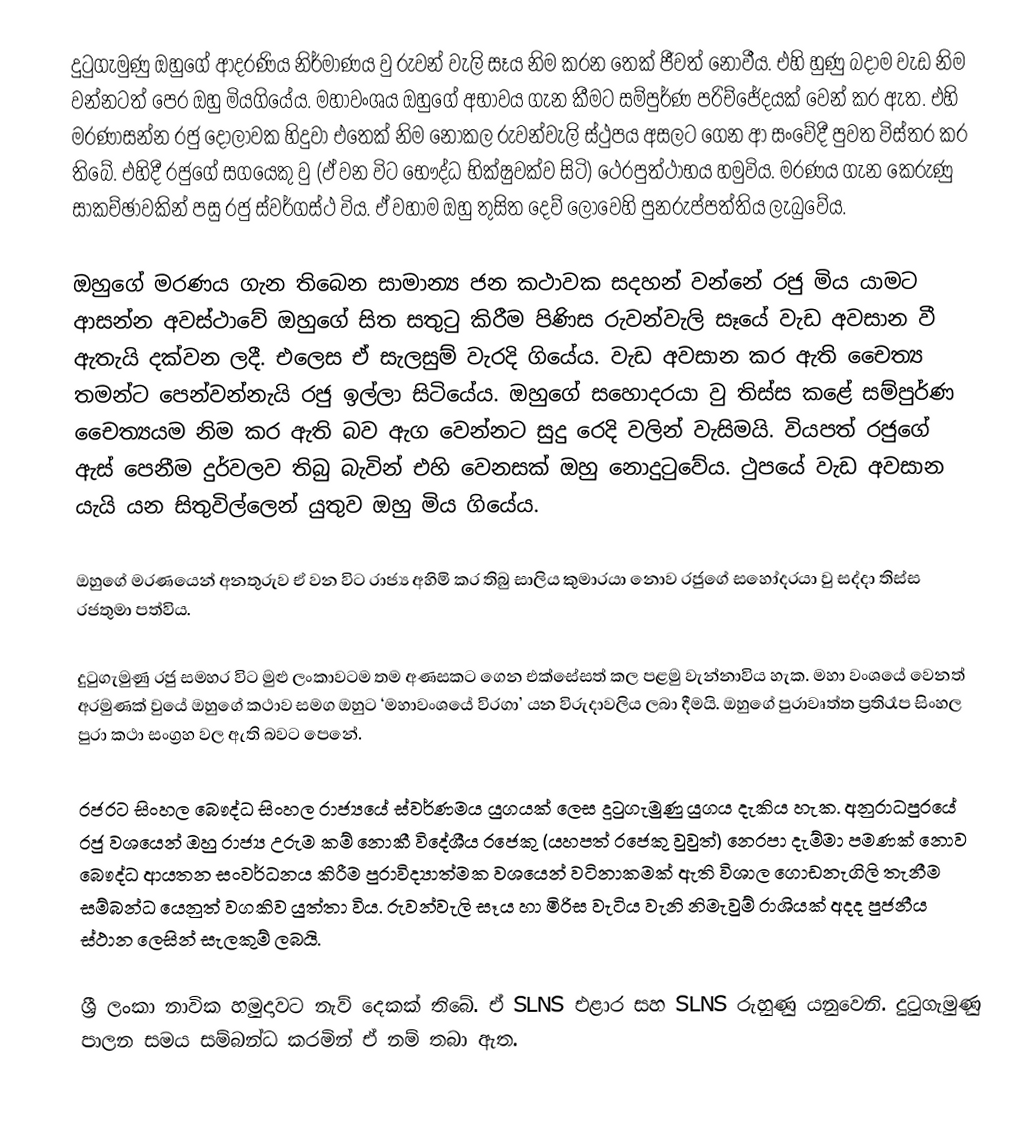
දුටුගැමුණු ඔහුගේ ආදරණිය නිර්මාණය වු රුවන් වැලි සෑය නිම කරන තෙක් ජීවත් නොවීය. එහි හුණු බදාම වැඩ නිම වන්නටත් පෙර ඔහු මියගියේය. මහාවංශය ඔහුගේ අභාවය ගැන කීමට සම්පුර්ණ පරිච්ජේදයක් වෙන් කර ඇත. එහි මරණාසන්න රජු දෝල‍ාවක හිදුවා එතෙක් නිම නොකල රුවන්වැලි ස්ථුපය අසලට ගෙන ආ සංවේදී පුවත විස්තර කර තිබේ. එහිදී රජුගේ සගයෙකු වු (ඒ වන විට භෞද්ධ භික්ෂුවක්ව සිටි) ථෙරපුත්ථාභය හමුවිය. මරණය ගැන කෙරුණු සාකච්ඡාවකින් පසු රජු ස්වර්ගස්ථ විය. ඒ වහාම ඔහු තුසිත දෙව් ලොවෙහි පුනරුප්පත්තිය ලැබුවේය.

ඔහුගේ මරණය ගැන තිබෙන සාමාන්‍ය ජන කථාවක සදහන් වන්නේ රජු මිය යාමට ආසන්න අවස්ථාවේ ඔහුගේ සිත සතුටු කිරීම පිණිස රුවන්වැලි සෑයේ වැඩ අවසාන වී ඇතැයි දක්වන ලදී. එලෙස ඒ සැලසුම් වැරදි ගියේය. වැඩ අවසාන කර ඇති චෛත්‍ය තමන්ට පෙන්වන්නැයි රජු ඉල්ලා සිටියේය. ඔහුගේ සහොදරයා වු තිස්ස කළේ සම්පුර්ණ චෛත්‍යයම නිම කර ඇති බව ඇග වෙන්නට සුදු රෙදි වලින් වැසිමයි. වියපත් රජුගේ ඇස් පෙනීම දුර්වලව තිබු බැවින් එහි වෙනසක් ඔහු නොදුටුවේය. ථුපයේ වැඩ අවසාන යැයි යන සිතුවිල්ලෙන් යුතුව ඔහු මිය ගියේය.

ඔහුගේ මරණයෙන් අනතුරුව ඒ වන විට රාජ්‍ය අහිමි කර තිබු සාලිය  කුමාරයා නොව රජුගේ සහෝදරයා වු සද්දා තිස්ස රජතුමා පත්විය.

දුටුගැමුණු රජු සමහර විට මුළු ලංකාවටම තම අණසකට ගෙන එක්සේසත් කල පළමු වැන්නාවිය හැක. මහා වංශයේ වෙනත් අරමුණක් වුයේ ඔහුගේ කථාව සමග ඔහුට ‘මහාවංශයේ විරගා’ යන විරුදාවලිය ලබා දීමයි. ඔහුගේ පුරාවෘත්ත ප්‍රතිරෑප සිංහල පුරා කථා සංග්‍රහ වල ඇති බවට පෙනේ.

රජරට සිංහල බෞද්ධ සිංහල රාජ්‍යයේ ස්වර්ණමය යුගයක් ලෙස දුටුගැමුණු යුගය දැකිය හැක. අනුරාධපුරයේ රජු වශයෙන් ඔහු රාජ්‍ය උරුම කම් නොකී විදේශීය රජෙකු (යහපත් රජෙකු වුවුත්) නෙරපා දැම්මා පමණක් නොව බෞද්ධ ආයතන සංවර්ධනය කිරීම පුරාවිද්‍යාත්මක වශයෙන් වටිනාකමක් ඇති විශාල ගොඩනැගිලි තැනීම සම්බන්ධ යෙනුත් වගකිව යුත්තා විය. රුවන්වැලි සෑය හා මිරිස වැටිය වැනි නිමැවුම් රාශියක් අදද පුජනීය ස්ථාන ලෙසින් සැලකුම් ලබයි.

ශ්‍රී ලංකා නාවික හමුදාවට නැව් දෙකක් තිබේ. ඒ SLNS එළාර සහ SLNS රුහුණු යනුවෙනි. දුටුගැමුණු පාලන සමය සම්බන්ධ කරමින් ඒ නම් තබා ඇත.